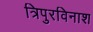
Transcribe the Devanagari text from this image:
त्रिपुरविनाश